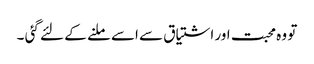
تو وہ محبت اور اشتیاق سے اسے ملنے کے لئے گئی ۔